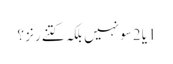
1یا 2سو نہیں بلکہ کتنے رنز ؟